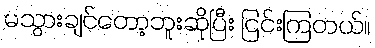
မသွားချင်တော့ဘူးဆိုပြီး ငြင်းကြတယ်။